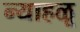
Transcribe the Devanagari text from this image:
न्याहळू